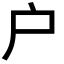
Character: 户